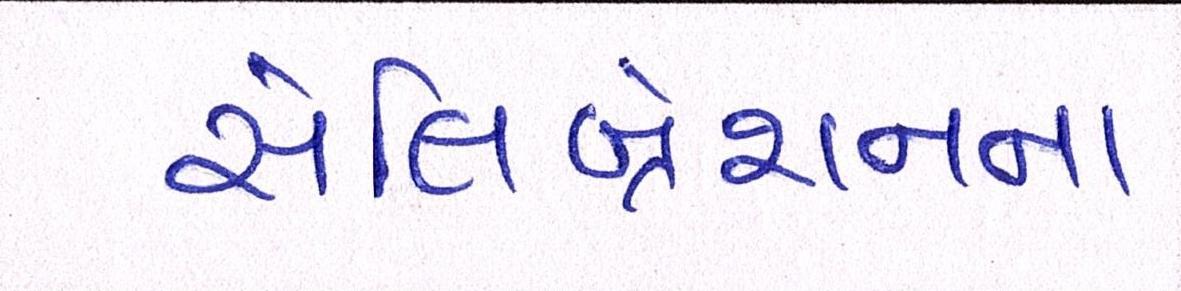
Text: સેલિબ્રેશનના